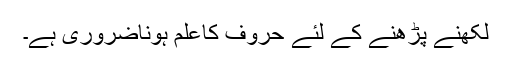
لکھنے پڑھنے کے لئے حروف کاعلم ہوناضروری ہے۔